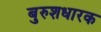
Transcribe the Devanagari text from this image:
बुरुशधारक